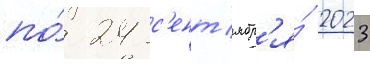
по́ 24 с'ент'ябр'я́ 2023